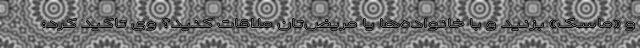
و «ماسک» بزنید و با خانواده‌ها یا مریض‌تان ملاقات کنید؟ وی تاکید کرد: